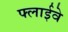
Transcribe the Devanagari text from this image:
फ्लाईवे